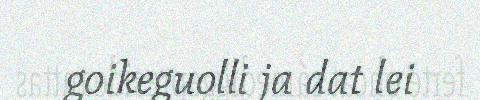
goikeguolli ja dat lei